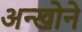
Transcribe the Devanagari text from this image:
अन्खोने